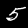
Label: 5